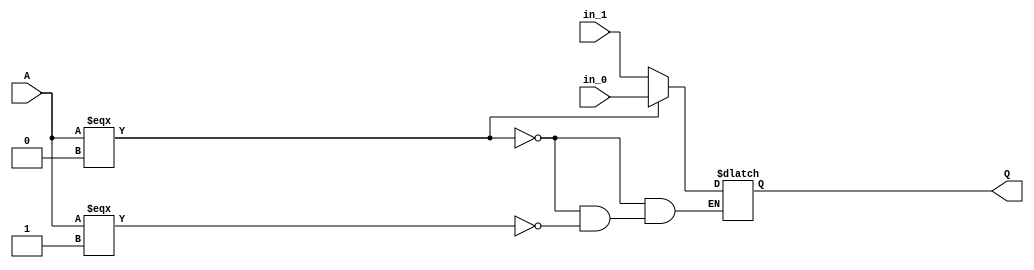
module MUX #(parameter WIDTH = 32)
            (in_0,in_1,A,Q);

    input  [WIDTH-1:0] in_0;
    input  [WIDTH-1:0] in_1;
    output reg [WIDTH-1:0] Q; 
    
    input         A;

    always @(in_0,in_1,A) begin
        if(A === 0) 
            Q = in_0;
        else if(A === 1)
            Q = in_1;
    end

endmodule

module MUX4 #(parameter WIDTH = 32)
            (in_0,in_1,in_2,in_3,A,Q);

    input  [WIDTH-1:0] in_0;
    input  [WIDTH-1:0] in_1;
    input  [WIDTH-1:0] in_2;
    input  [WIDTH-1:0] in_3;
    output reg [WIDTH-1:0] Q; 

    input [1:0] A;

    always @(in_0,in_1,in_2,in_3,A) begin
        if(A === 0) 
            Q = in_0;
        else if(A === 1)
            Q = in_1;
        else if(A == 2)
            Q = in_2; 
        else if(A == 3)
            Q = in_3;
    end

endmodule

module MUX8 #(parameter WIDTH = 32)
            (in_0,in_1,in_2,in_3,in_4,in_5,in_6,in_7,A,Q);

    input  [WIDTH-1:0] in_0;
    input  [WIDTH-1:0] in_1;
    input  [WIDTH-1:0] in_2;
    input  [WIDTH-1:0] in_3;
    input  [WIDTH-1:0] in_4;
    input  [WIDTH-1:0] in_5;
    input  [WIDTH-1:0] in_6;
    input  [WIDTH-1:0] in_7;
    output reg [WIDTH-1:0] Q; 

    input [2:0] A;

    always @(in_0,in_1,in_2,in_3,in_4,in_5,in_6,in_7,A) begin
        if(A === 0) 
            Q = in_0;
        else if(A === 1)
            Q = in_1;
        else if(A == 2)
            Q = in_2; 
        else if(A == 3)
            Q = in_3;
        else if(A == 4)
            Q = in_4;
        else if(A == 5)
            Q = in_5;
        else if(A == 6)
            Q = in_6;
        else if(A == 7)
            Q = in_7;
    end

endmodule